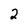
Character: 2